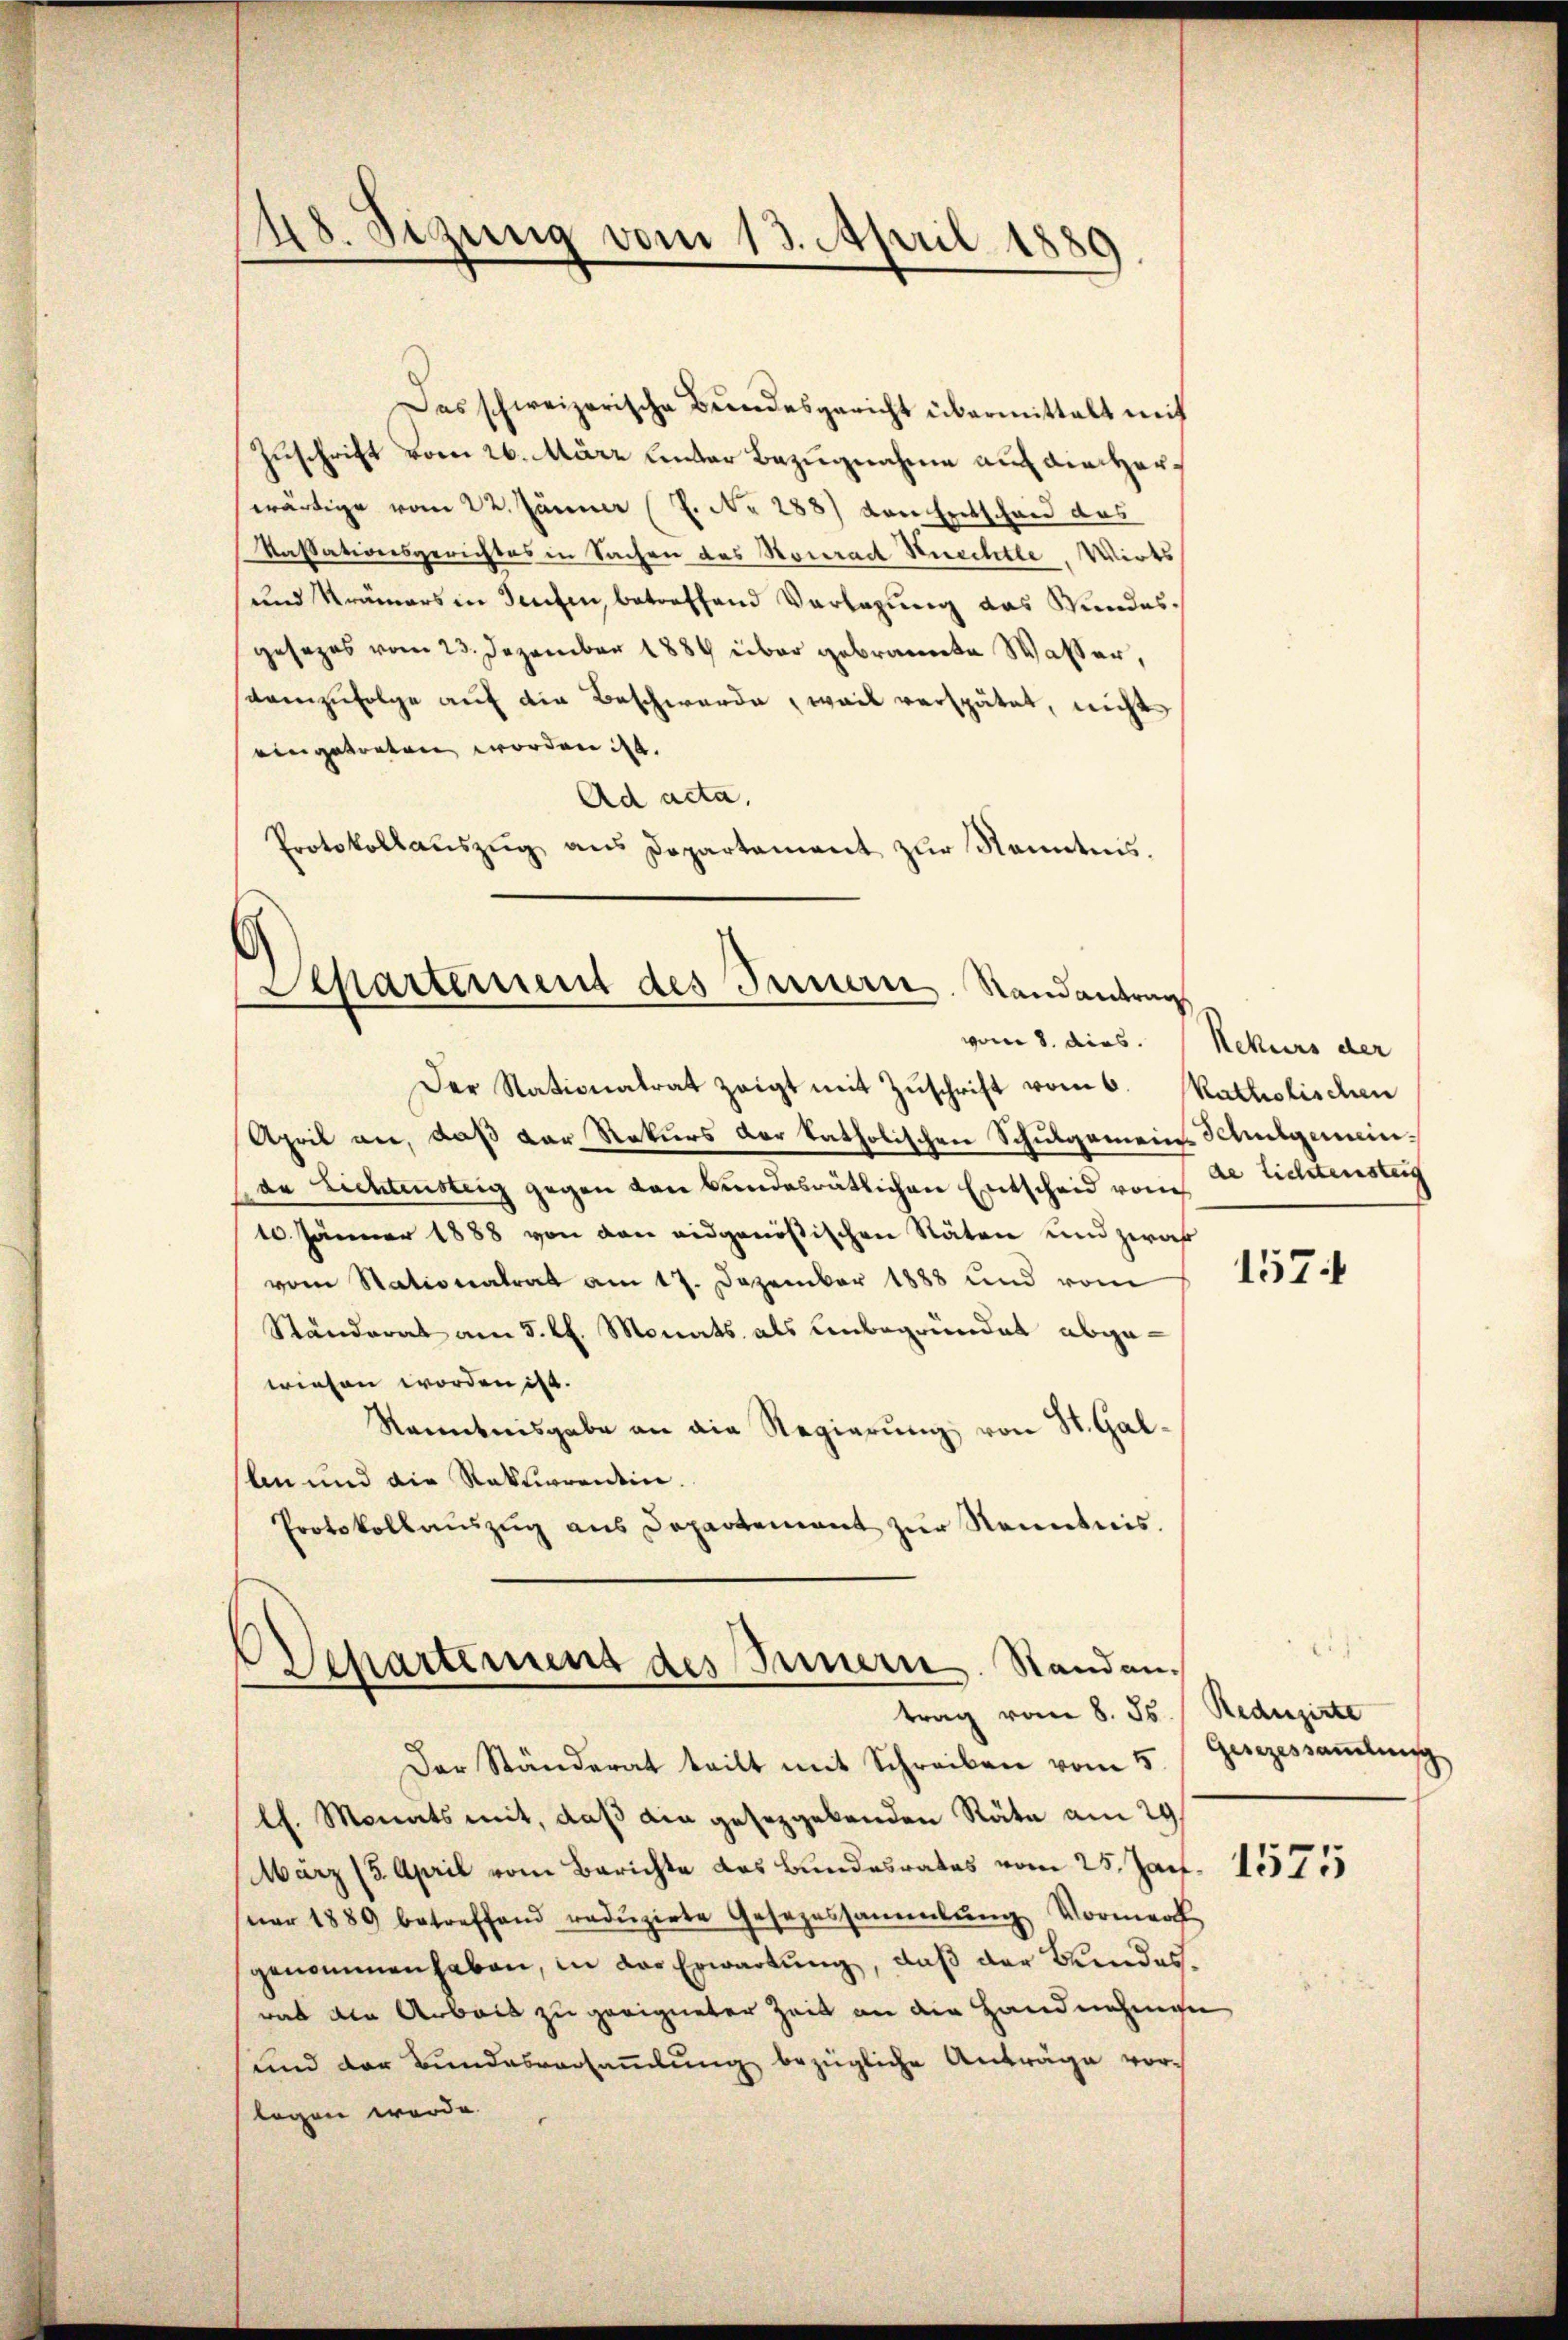
8. Sezung vom 13. April 1889.

Das schweizerische Bŭndesgericht übermittelt mit
Zuschrift vom 26. März unter Bezugnahme auch Kircherwärtige vom 22. Jänner (Z. No 288) von Entschend das
Kassationsgerichtes in Sachen des Konrad Knechte. Wirts
und Krämers in Seiten, betreffend Verlegung das Wundesgesezes vom 23. Dezember 1884 über gebrannte Wasser,
sarmzufolge auf die Beschwerde, weil verspätet, nicht
eingetreten worden ist.
Ad acta,
Protokollauszug aus Departement zur Kenntens.

Aepartement des Innern. Randantrag
vom 8. dies. Nekurs der
Der Stationalrat zeigt mit Zŭschrift vom 6. Ratholischen

April an, daß der Rekurs der katholischen Schulgemeins Schulgemeinde Lichtensteig gegen von Bundesrätlichen Entscheid von
10. Jänner 1888 von den eidgenößischen Stäten und zwah
vom Stationalrat am 17. Dezember 1888 und vom
Ständerat am 5. lt. Monats als Unbegründet abgewiesen worden ist.
Kenntnisgabe an die Regierŭng von St. Galln und die Rekurrentin.
Protokollaŭszŭg ans Departement zŭr Kenntnis.

Departement des Innern. Standen.
trag vom 8. Js. Reduzirte

Der Ständerat teilt mit Schreiben vom 5. Gesezessaṁlŭng
lh. Monats mit, daß die gesetzgebenden Räte am 29.
März (3. April vom Berichte das Bundesrates vom 25. Jan. 1575
ner 1889 betreffend redŭzirte Gesezessammlung Vormerk
genommen haben, in das Erwartung, daß der Bundesrat die Arbeit zu geeigneter Zeit an die Handnehmen
sund der Bundesversaṁlŭng bezügliche Anträge vor-
logen werde.

de Lichtensteig

157